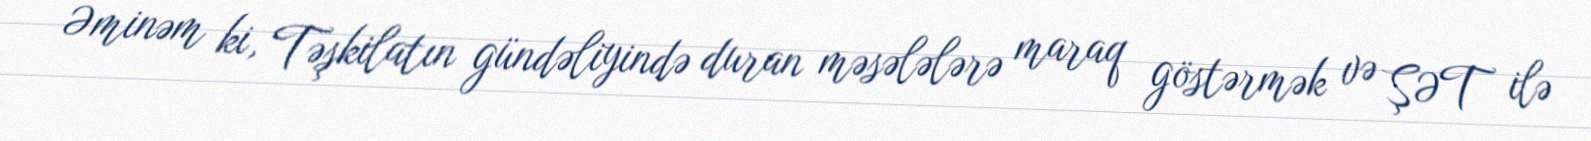
Əminəm ki, Təşkilatın gündəliyində duran məsələlərə maraq göstərmək və ŞƏT ilə